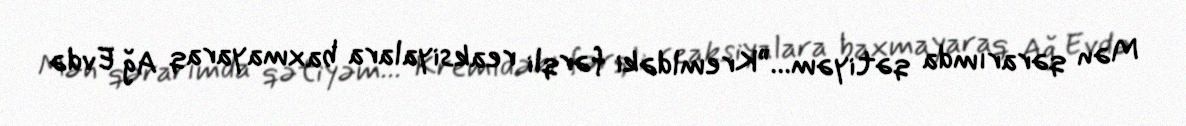
Mən qərarımda qətiyəm...”Kremldəki fərqli reaksiyalara baxmayaraq Ağ Evdə